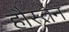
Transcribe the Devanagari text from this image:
हौस्तेन